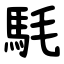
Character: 䭷